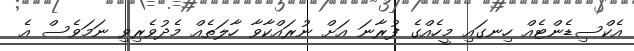
އެކްސިޑެންޓެއް ހިނގައި މީހެއްގެ ފުރާނަ އަށް ނުރައްކާވާ ހާލަތެއް މެދުވެރިވި ނަމަވެސް އެ